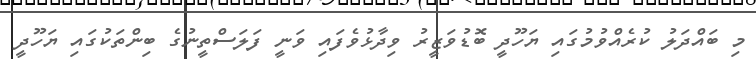
މި ބައްދަލު ކުރެއްވުމުގައި ޔަހޫދީ ބޮޑުވަޒީރު ވިދާޅުވެފައި ވަނީ ފަލަސްތީނުގެ ބިންތަކުގައި ޔަހޫދީ